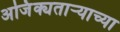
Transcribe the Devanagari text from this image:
अजिंक्यतार्‍याच्या